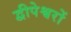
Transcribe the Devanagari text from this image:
द्वीपेश्वरों